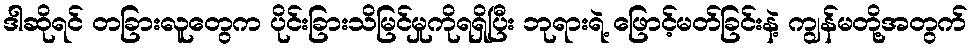
ဒါဆိုရင် တခြားလူတွေက ပိုင်းခြားသိမြင်မှုကိုရရှိပြီး ဘုရားရဲ့ ဖြောင့်မတ်ခြင်းနဲ့ ကျွန်မတို့အတွက်